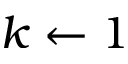
k \leftarrow 1